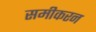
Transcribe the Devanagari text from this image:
समीकरन